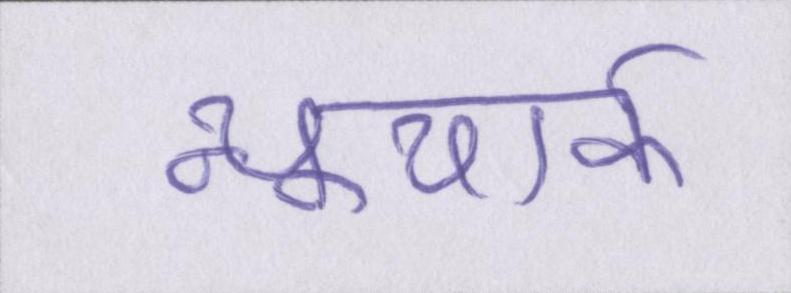
न्यूयार्क